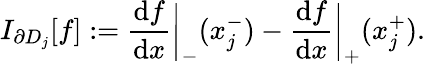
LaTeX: I_{\partial D_{j}}[f]:=\frac{\mathrm{d}f}{\mathrm{d}x}\bigg\vert_{-}(x_{j}^{-})-\frac{\mathrm{d}f}{\mathrm{d}x}\bigg\vert_{+}(x_{j}^{+}).